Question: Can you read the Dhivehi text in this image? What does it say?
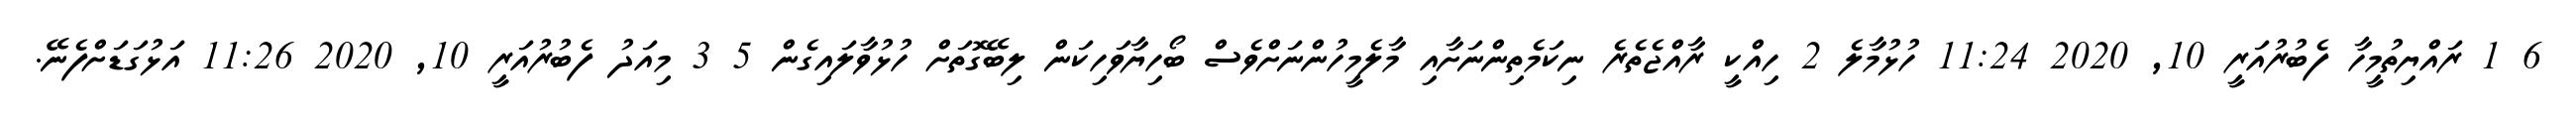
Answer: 6 1 ރައްޔިތުމީހާ ފެބުރުއަރީ 10, 2020 11:24 ހުޅުމާލެ 2 ހިއްކީ ރާއްޖެތެރެ ނިކަމެތިންނަށާއި މާލެމީހުންނަށްވެސް ބޯހިޔާވަހިކަން ލިބޭގޮތަށް ހުޅުވާލައިގެން 5 3 މިއަދު ފެބުރުއަރީ 10, 2020 11:26 އަޅުގަޑަށްފެނޭ.